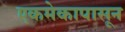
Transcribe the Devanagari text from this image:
एकमेकापासून